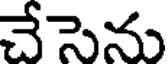
చేసెను